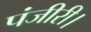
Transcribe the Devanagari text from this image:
पंजीरी।